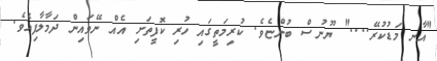
"އާނ މަޑުކުރޭ...." ޔޫނުސް ބުންޏެވެ. ކުރިމަތީގައި ހުރި ކޮފީތަށި އެއް ނޭވައިން ދަމާލާފިއެވެ.